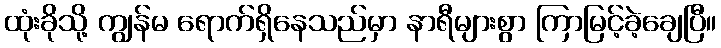
ထုံးခိုသို့ ကျွန်မ ရောက်ရှိနေသည်မှာ နာရီများစွာ ကြာမြင့်ခဲ့ချေပြီ။